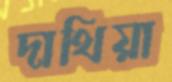
দাথিয়া